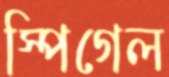
স্পিগেল